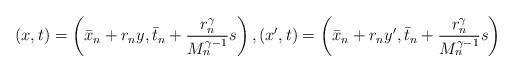
LaTeX: \begin{align*}(x,t)=\left(\bar x_n + r_n y, \bar t_n + \frac{r_n^\gamma}{M_n^{\gamma-1}} s\right), (x',t)=\left(\bar x_n + r_n y', \bar t_n + \frac{r_n^\gamma}{M_n^{\gamma-1}} s\right)\end{align*}